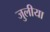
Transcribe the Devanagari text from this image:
जुलीया